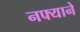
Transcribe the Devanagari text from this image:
नफ्याने